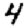
Digit: 4